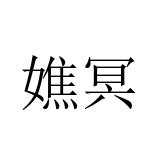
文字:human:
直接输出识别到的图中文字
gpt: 嫶冥